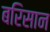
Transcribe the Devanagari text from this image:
बरिसान